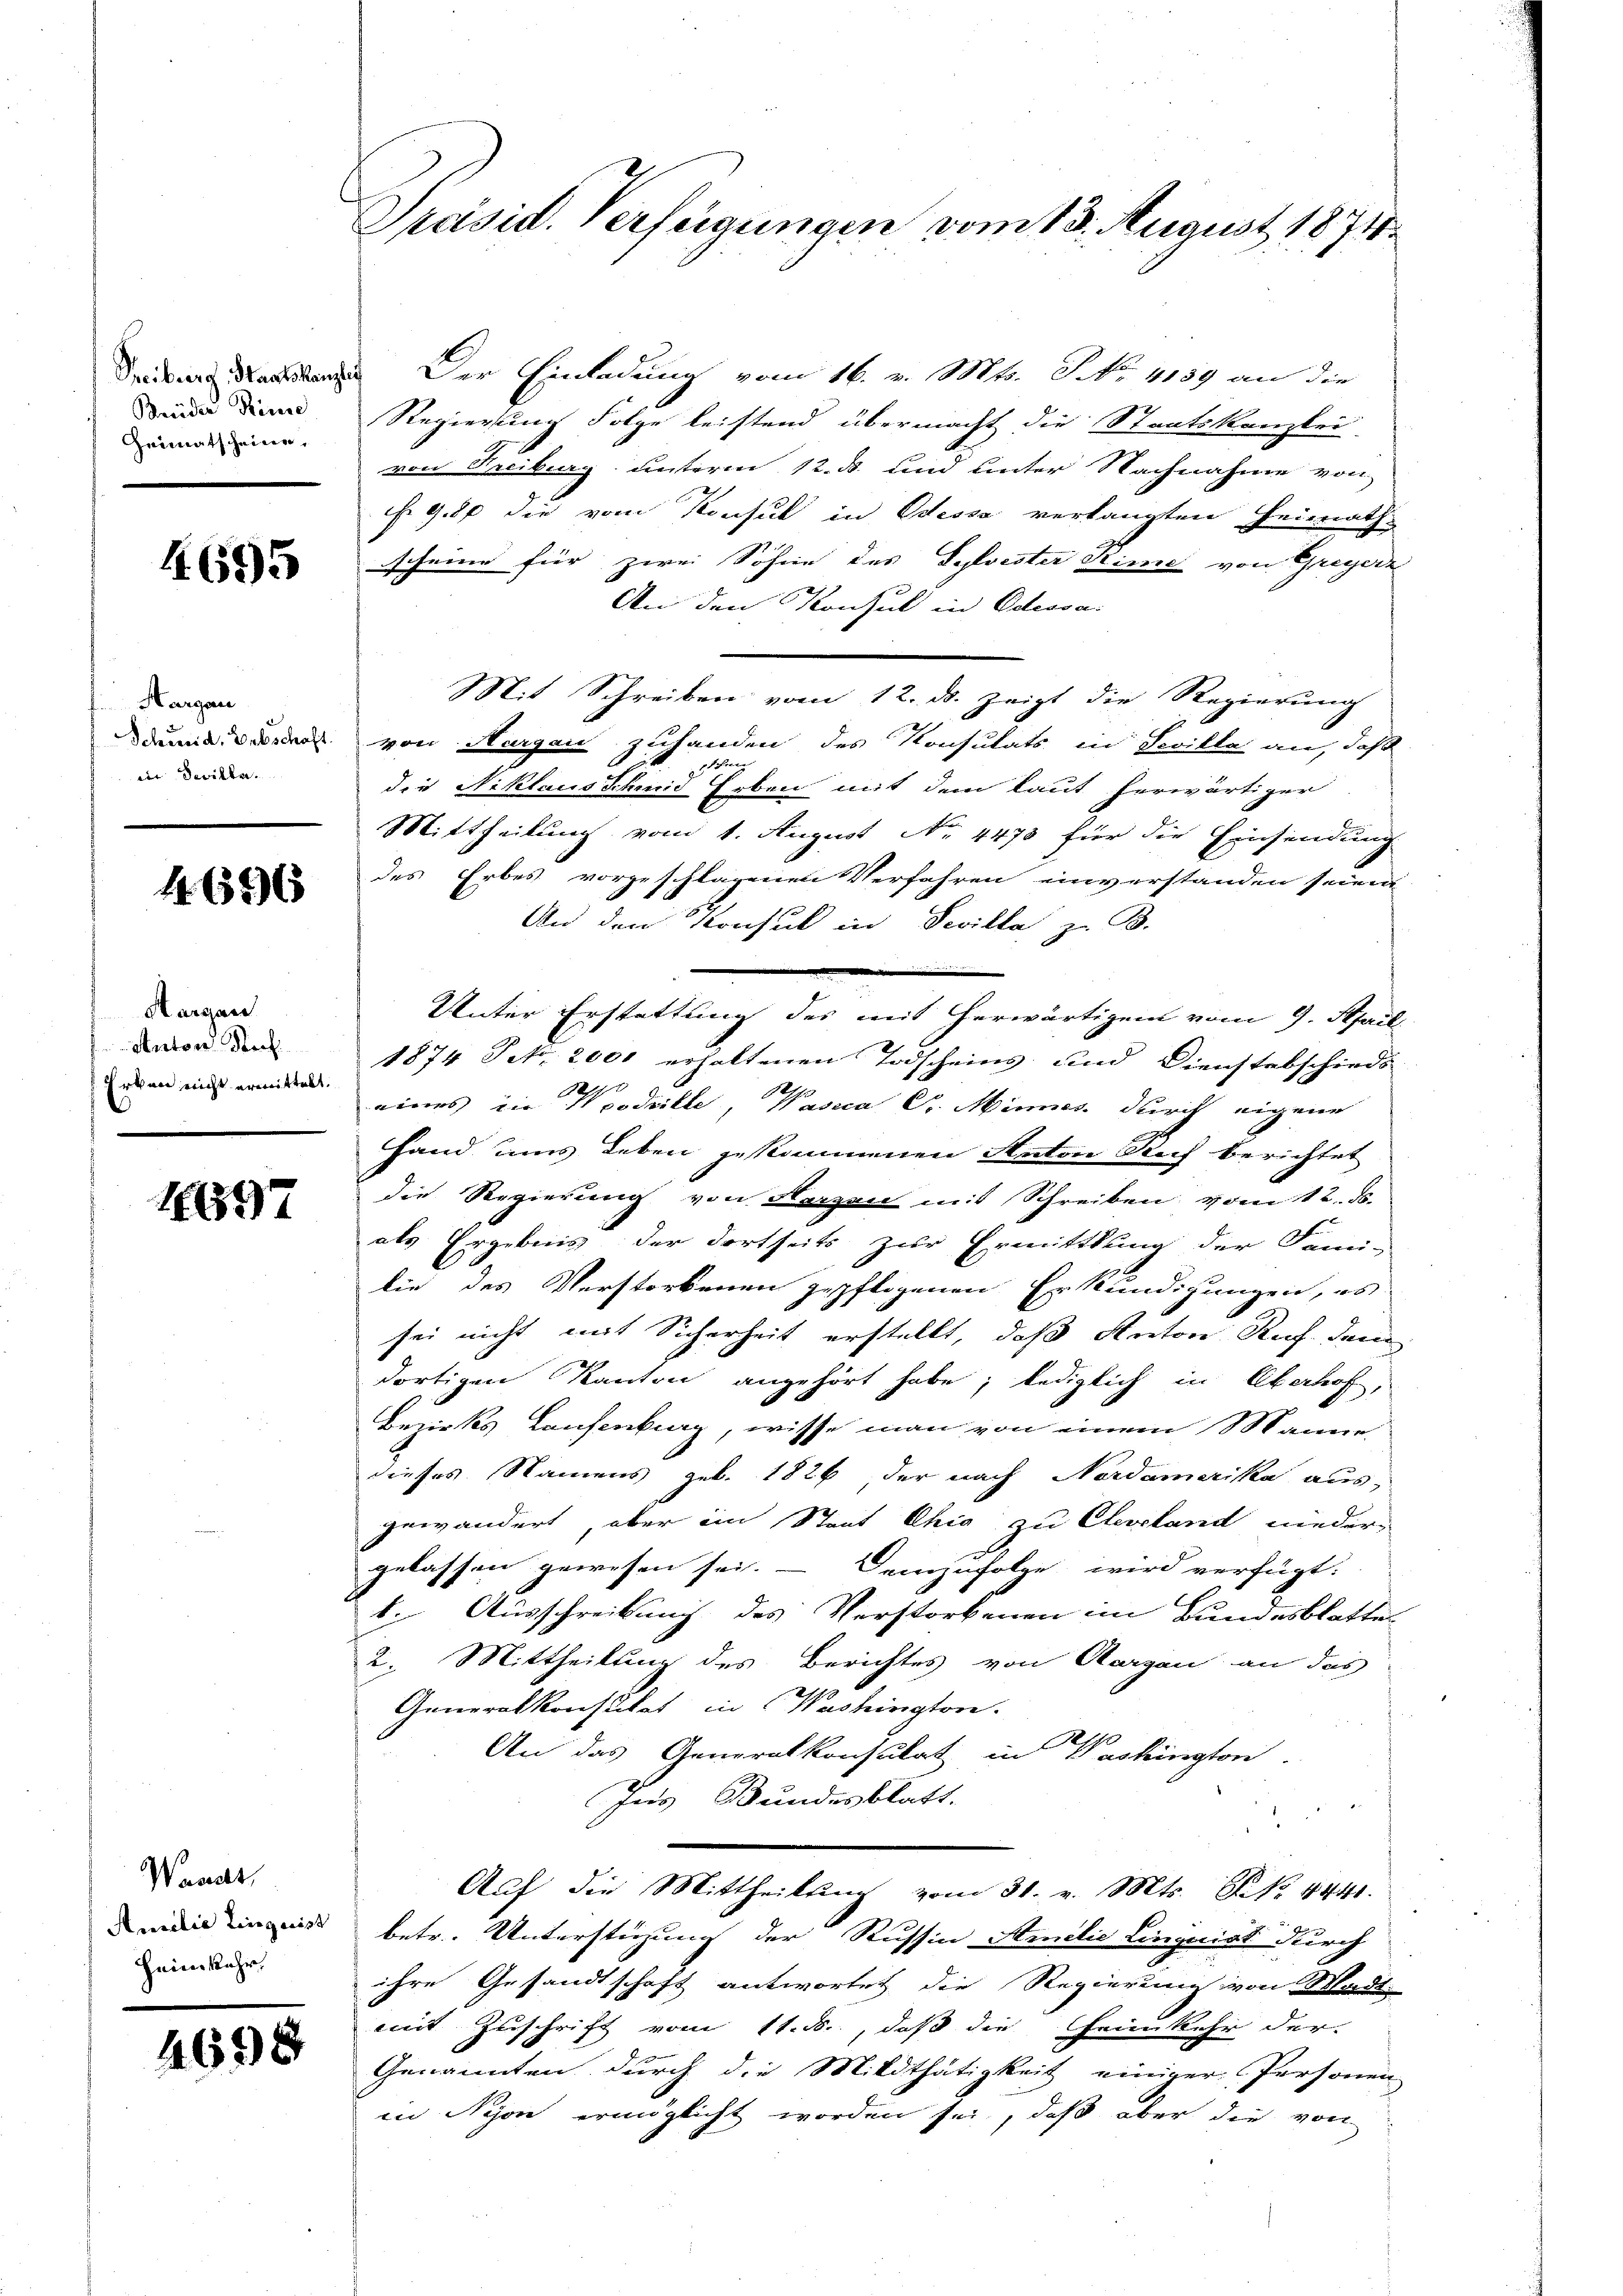
Beider Rinne
Geimatscheine,

1695

Hargau
Scheid, Erbschaft.
in Deviller.

A. 656

Hargau
Antons Stock
 Erken nicht ermittelt.

1697

Waadt,
Ausilie Linguist
Heimkehr

4698

Präsid. Verfeigungen vom 13. August 1874

Der Einladung vom 16. v. Mts. NNo. 4189 an die
Regierung Folge leistend übermacht die Staatskanzlei-
von Freiburg unterm 12. d. und unter Nachnahme von
f. 980 die vom Konsul in Odessa verlangten Heimath
scheine für zwei Söhne des Sylvester Sime von Greyerz
An den Konsul in Odessa
Mit Schreiben vom 12. ds. zeigt die Regierung
von Aargau zuhanden des Konsutats in Seville an, daß
schre
die Niklausschmid Erben mit dem laut herwärtiger
Mittheilung vom 1. August No. 4473 für die Einsendung
des Erbes vorgeschlagenen Verfahren einverstanden seien.
An den Konsul in Devilla z. B.
Unter Erstattung des mit herwärtigen vom 9. Aprill
1874 Pct. 2000 erhaltenen Todscheins und Dienstabschieds
eines die Woadrille, Vasica Sr. Minnes durch eigene
Hand ums Leben gekommenen Anton Rech berichtet
die Regierung von Herzen mit Schreiben vom 12. ds.
als Ergebnis der dortseits zur Ermittlung der Fami-
lie des Verstorbenen gepflogenen Erkundigungen, es
sei nicht mit Sicherheit erstellt, daß Anton Ruf dem
dortigen Kanton angehört habe, lediglich in Oberhof,
Bezirks Laufenburg, wisse man von einem Manne
dieses Namens geb. 1826 der nach Nordamerika aus,
gewändert, aber im Staat Chia zu Cleveland nieder
gelassen gewesen sei. – Demzufolge wird verfügt:
6. Ausschreibung des Verstorbenen im Bundesblatte
2. Mittheilung des Berichtes von Aargau an das
Generalkonsulat in Washingtone.
.
An das Generalkonsulat in Washington
Ins Bundesblatt.
Auf die Mittheilung vom 31. v. Mts. Z. 4441.
betr. Unterstüzung der Russin Amilie Linquiat durch
ihre Gesandtschaft antwortet die Regierung von Wadt
mit Zuschrift vom 11. ds., daß die Heimkehr der
Genannten durch die Mildthätigkeit einiger Personen
in Nyon ermöglicht worden sei, daß aber die von